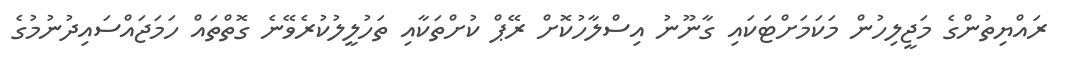
ރައްޔިތުންގެ މަޖީލިހުން މަކަމަށްޓަކައި ގާނޫނު އިސްލާހުކޮށް ރޭޕް ކުށްތަކާއި ތަހުލީލުކުރެވޭނެ ގޮތްތައް ހަމަޖައްސައިދުނުމުގެ